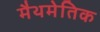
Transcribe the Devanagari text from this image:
मैथमेतिक